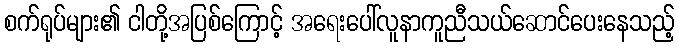
စက်ရုပ်များ၏ ငါတို့အပြစ်ကြောင့် အရေးပေါ်လူနာကူညီသယ်ဆောင်ပေးနေသည့်